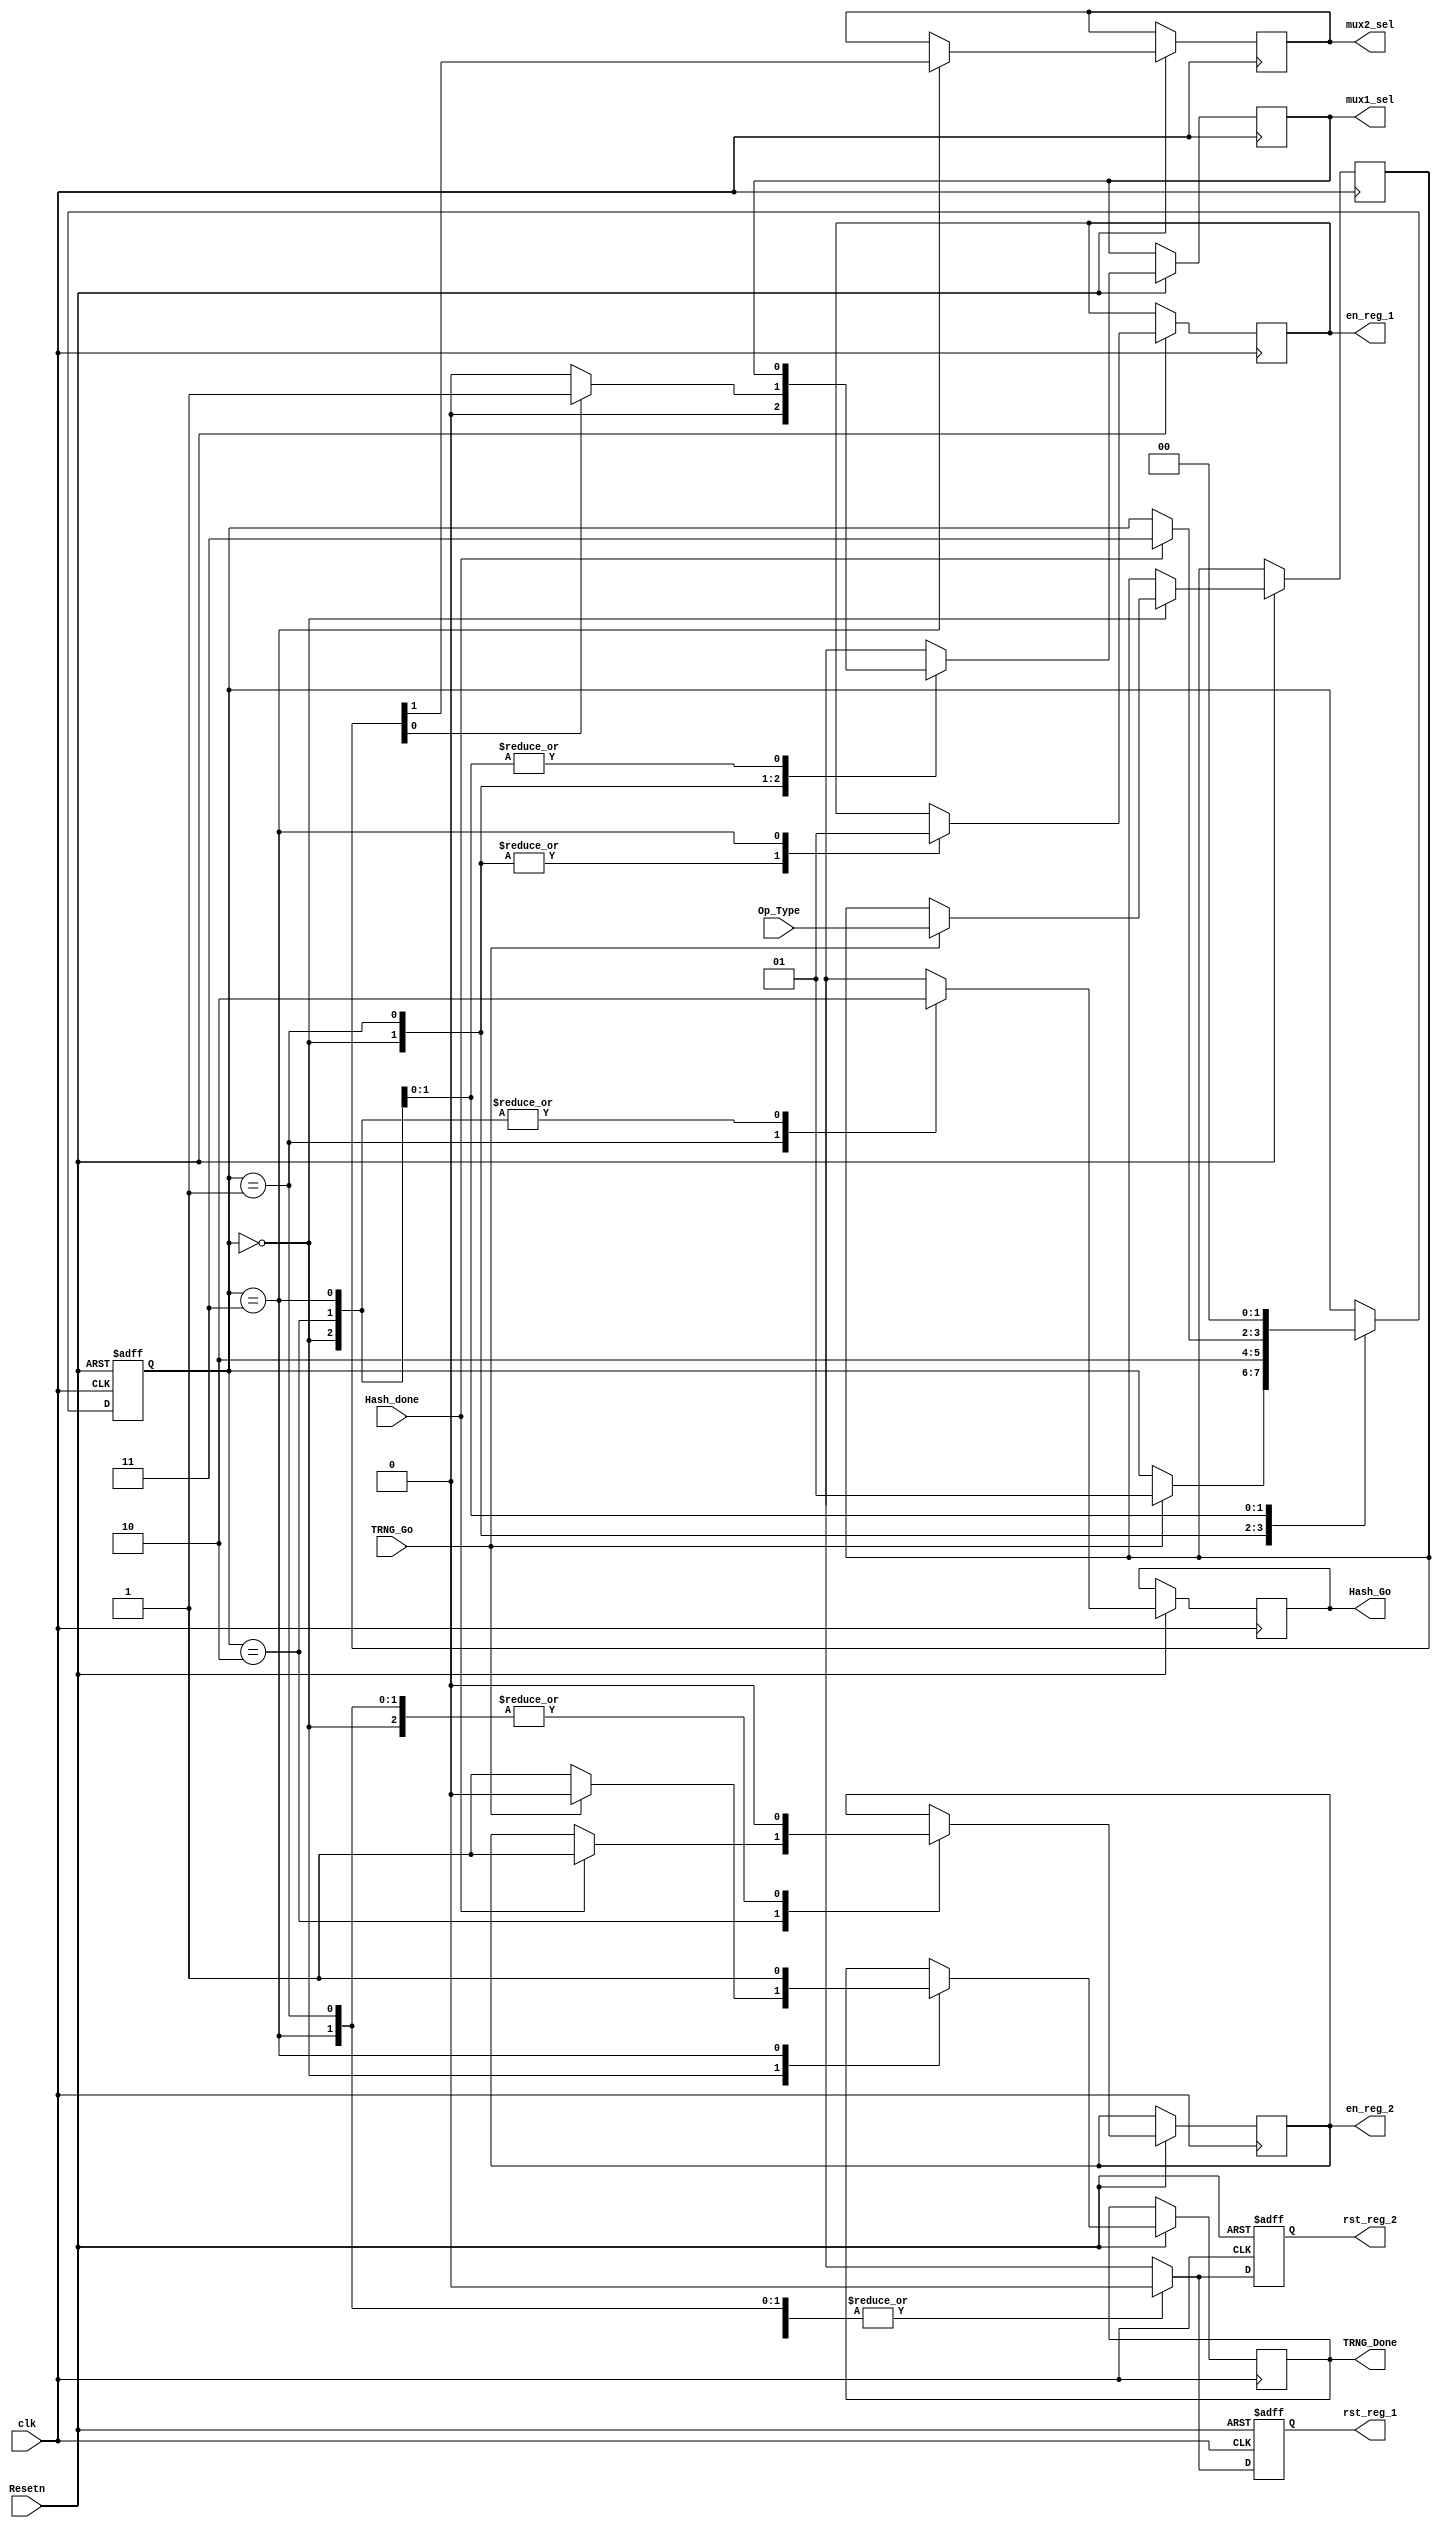

//`timescale	1ns/10ps

`define		INIT	2'h0
`define		COND_1	2'h1
`define		COND_2 	2'h2
`define		COND_3 	2'h3

module TRNG_Controller #(
	parameter P_ADDR_WIDTH = 12,
	parameter P_DATA_WIDTH = 32 ) (
	input	wire			TRNG_Go			,
	input	wire	[1:0]	Op_Type			,
	input  	wire			clk				,
    input	wire			Resetn			,
	output	reg			TRNG_Done,
	
	//Control Signals
	output	reg				mux1_sel		,
	output 	reg				mux2_sel		,
	output 	reg				Hash_Go			,
	input	wire			Hash_done		, 
	output	reg				rst_reg_1		,
	output	reg				rst_reg_2		,
	output	reg				en_reg_1		,
	output 	reg				en_reg_2		
	
	   	
);


reg		[1:0]				ctrl_state		;
reg		[1:0]				Op_Type_reg;

//assign TRNG_Done=(ctrl_state==`COND_3);

always @ (negedge Resetn or posedge clk) 
begin
	if (!Resetn) begin
		ctrl_state		<= `INIT			;
		rst_reg_1<=1'b1;
		rst_reg_2<=1'b1;
	end
	else begin
			case (ctrl_state) 
				`INIT	: begin
				
				
					if (TRNG_Go) begin
						
						ctrl_state	<= `COND_1				;
						Op_Type_reg<=Op_Type;
						TRNG_Done<=0;
					end
					else
					begin
					TRNG_Done<=1;
					end
					
					mux1_sel=1'b0;
					rst_reg_1<=1'b0;
					rst_reg_2<=1'b0;
					en_reg_1<=1'b0;
					en_reg_2<=1'b0;
					Hash_Go<=1'b0;
					
					
				end
				`COND_1	: begin
				
					if (Op_Type_reg[0]==0) begin
						mux1_sel=1'b0;
					end
					else begin
					
						mux1_sel=1'b1;
					end
					rst_reg_1<=1'b0;
					rst_reg_2<=1'b0;
					en_reg_1<=1'b0;
					en_reg_2<=1'b0;
					Hash_Go<=1'b1;
					
					ctrl_state<=`COND_2;
					
				end
				`COND_2	: begin
				
					rst_reg_1<=1'b0;
					rst_reg_2<=1'b0;
					
					
					Hash_Go<=1'b0;
					
					if (Hash_done==1) begin
						
						ctrl_state	<= `COND_3				;
						en_reg_2<=1'b1;
					end
					
					
					
				end
				`COND_3	: begin
				
					rst_reg_1<=1'b0;
					rst_reg_2<=1'b0;
					en_reg_1<=1'b1;
					en_reg_2<=1'b0;
					Hash_Go<=1'b0;
					TRNG_Done<=1'b1;
					
					mux2_sel<=Op_Type_reg[1];
					
						
					ctrl_state<=`INIT;
					
				end
				default : begin
					ctrl_state		<= `INIT				;
				end
			endcase
		
	end
end

endmodule